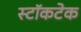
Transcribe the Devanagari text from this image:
स्टॉकटेक